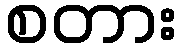
စတား